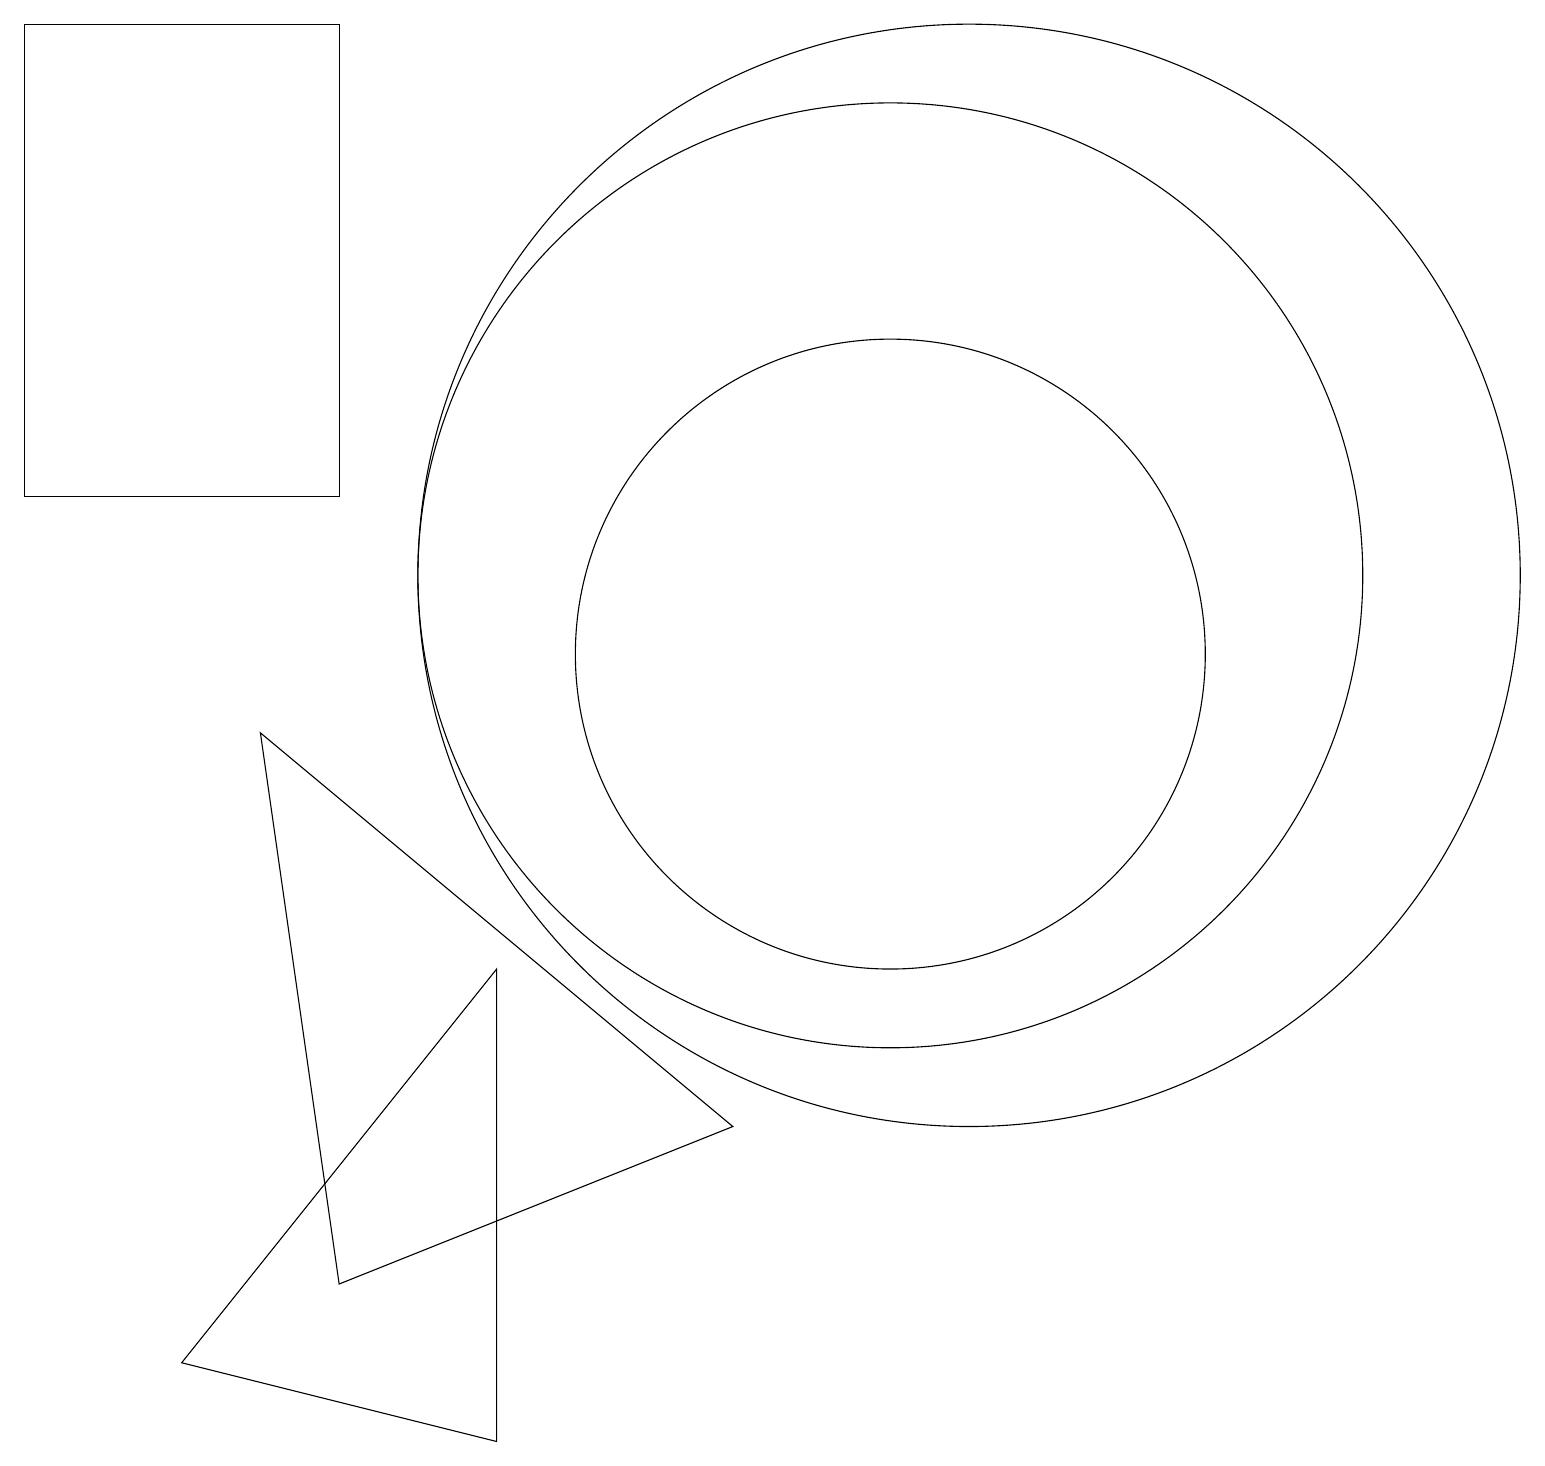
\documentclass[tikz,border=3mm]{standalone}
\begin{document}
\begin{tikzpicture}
\draw (11,11) circle (6);
\draw (2,1) -- (6,6) -- (6,0) -- cycle;
\draw (9,4) -- (4,2) -- (3,9) -- cycle;
\draw (11,10) circle (4);
\draw (12,11) circle (7);
\draw (4,18) rectangle (0,12);
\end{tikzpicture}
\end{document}